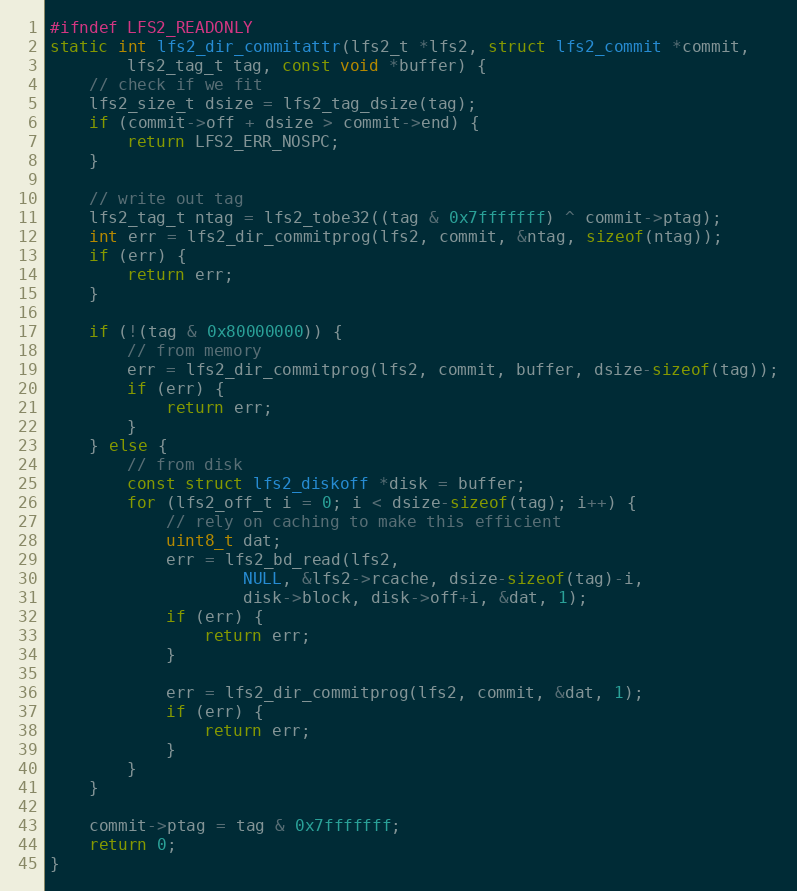
Language: C
#ifndef LFS2_READONLY
static int lfs2_dir_commitattr(lfs2_t *lfs2, struct lfs2_commit *commit,
        lfs2_tag_t tag, const void *buffer) {
    // check if we fit
    lfs2_size_t dsize = lfs2_tag_dsize(tag);
    if (commit->off + dsize > commit->end) {
        return LFS2_ERR_NOSPC;
    }

    // write out tag
    lfs2_tag_t ntag = lfs2_tobe32((tag & 0x7fffffff) ^ commit->ptag);
    int err = lfs2_dir_commitprog(lfs2, commit, &ntag, sizeof(ntag));
    if (err) {
        return err;
    }

    if (!(tag & 0x80000000)) {
        // from memory
        err = lfs2_dir_commitprog(lfs2, commit, buffer, dsize-sizeof(tag));
        if (err) {
            return err;
        }
    } else {
        // from disk
        const struct lfs2_diskoff *disk = buffer;
        for (lfs2_off_t i = 0; i < dsize-sizeof(tag); i++) {
            // rely on caching to make this efficient
            uint8_t dat;
            err = lfs2_bd_read(lfs2,
                    NULL, &lfs2->rcache, dsize-sizeof(tag)-i,
                    disk->block, disk->off+i, &dat, 1);
            if (err) {
                return err;
            }

            err = lfs2_dir_commitprog(lfs2, commit, &dat, 1);
            if (err) {
                return err;
            }
        }
    }

    commit->ptag = tag & 0x7fffffff;
    return 0;
}